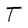
Character: T